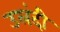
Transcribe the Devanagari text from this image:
उलंदी